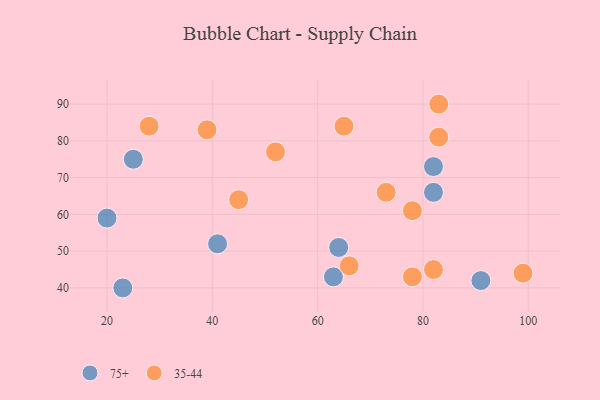
{"axis": {"x": "GDP", "y": "Life Expectancy"}, "legend": ["35-44", "75+"], "data": [{"x": "91", "y": 42, "type": "75+"}, {"x": "82", "y": 66, "type": "75+"}, {"x": "23", "y": 40, "type": "75+"}, {"x": "25", "y": 75, "type": "75+"}, {"x": "41", "y": 52, "type": "75+"}, {"x": "63", "y": 43, "type": "75+"}, {"x": "20", "y": 59, "type": "75+"}, {"x": "82", "y": 73, "type": "75+"}, {"x": "64", "y": 51, "type": "75+"}, {"x": "52", "y": 77, "type": "35-44"}, {"x": "66", "y": 46, "type": "35-44"}, {"x": "45", "y": 64, "type": "35-44"}, {"x": "82", "y": 45, "type": "35-44"}, {"x": "83", "y": 81, "type": "35-44"}, {"x": "78", "y": 43, "type": "35-44"}, {"x": "39", "y": 83, "type": "35-44"}, {"x": "73", "y": 66, "type": "35-44"}, {"x": "28", "y": 84, "type": "35-44"}, {"x": "83", "y": 90, "type": "35-44"}, {"x": "65", "y": 84, "type": "35-44"}, {"x": "99", "y": 44, "type": "35-44"}, {"x": "78", "y": 61, "type": "35-44"}]}